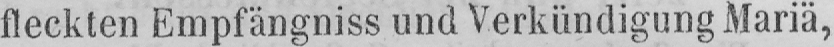
fleckten Empfängniss und Verkündigung Mariä,